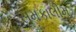
સમકાલીમ